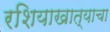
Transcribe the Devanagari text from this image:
रशियाखात्याचा